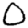
Digit: 0